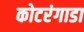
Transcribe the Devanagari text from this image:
कोटरंगाडा